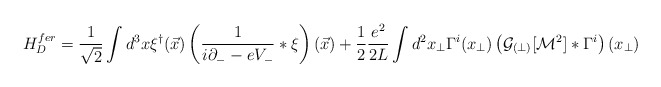
\begin{align*}H^{fer}_D = \frac{1}{\sqrt{2}} \int d^3x \xi^{\dagger}(\vec{x})\left(\frac{1}{i \partial_{-} - e V_{-}} \ast \xi\right)(\vec{x}) + \frac 1 2 \frac{e^2}{2L} \int d^2x_\perp \Gamma^i (x_\perp) \left( {\cal G}_{(\perp)} [{\cal M}^2] \ast\Gamma^i \right) (x_\perp)\end{align*}